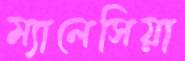
ম্যালেসিয়া